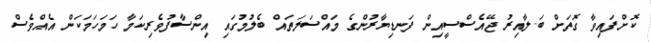
ކޮށްފައިވާ ގޮތަށް ބަލާއިރު ޖޭއެސްސީއިން ފަނޑިޔާރުންގެ މައްސަލަތައް ބެލުމުގައި އިންސާފުވެރިކަމާ ހަމަހަމަކަން އެއްވެސް